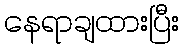
နေရာချထားပြီး